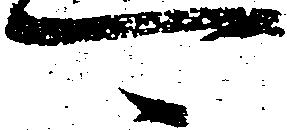
可